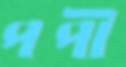
পপী